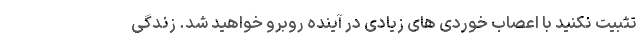
تثبیت نکنید با اعصاب خوردی های زیادی در آینده روبرو خواهید شد. زندگی